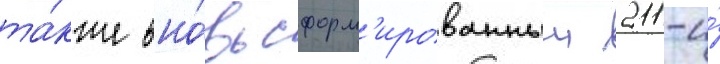
та́кже вно́вь сформ'ированныи 211-и́